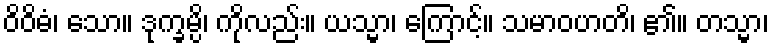
ဝိဝိဓံ၊ သော။ ဒုက္ခမ္ပိ၊ ကိုလည်း။ ယသ္မာ၊ ကြောင့်။ သမာဝဟတိ၊ ၏။ တသ္မာ၊